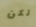
لكن